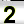
Digit: 2